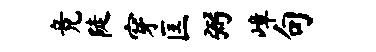
竟陡穿匡弼嶂句